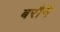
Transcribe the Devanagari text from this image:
बरौनै